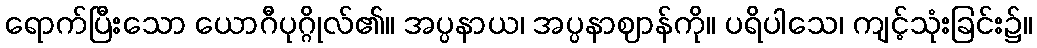
ရောက်ပြီးသော ယောဂီပုဂ္ဂိုလ်၏။ အပ္ပနာယ၊ အပ္ပနာဈာန်ကို။ ပရိပါသေ၊ ကျင့်သုံးခြင်း၌။